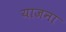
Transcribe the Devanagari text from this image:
याजना